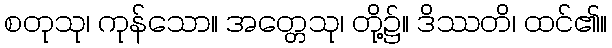
စတုသု၊ ကုန်သော။ အတ္တေသု၊ တို့၌။ ဒိဿတိ၊ ထင်၏။